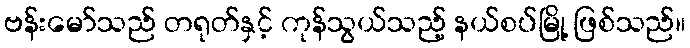
ဗန်းမော်သည် တရုတ်နှင့် ကုန်သွယ်သည့် နယ်စပ်မြို့ ဖြစ်သည်။